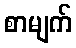
စာမျက်